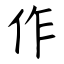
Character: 作